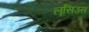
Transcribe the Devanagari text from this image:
लूसिउस